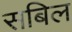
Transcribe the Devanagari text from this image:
सबिल